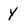
Character: y